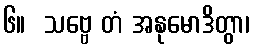
၆။  သဗ္ဗေ တံ အနုမောဒိတွာ၊